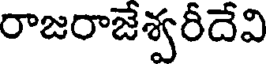
రాజరాజేశ్వరీదేవి